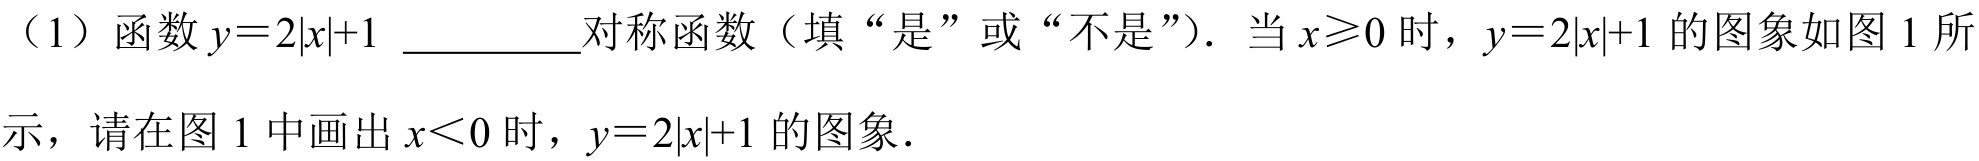
（1）函数\(y = 2|x|+1\) __________对称函数（填“是”或“不是”）. 当\(x\geqslant0\)时，\(y = 2|x|+1\)的图象如图 1 所
示，请在图 1 中画出\(x<0\)时，\(y = 2|x|+1\)的图象.